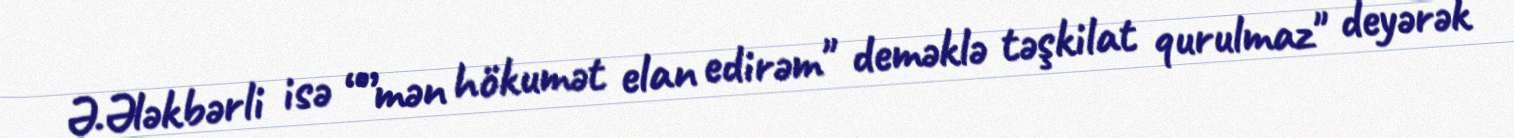
Ə.Ələkbərli isə “”mən hökumət elan edirəm" deməklə təşkilat qurulmaz" deyərək